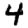
Digit: 4